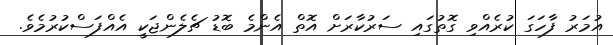
އުމަރު ފާހަގަ ކުރެއްވި ގޮތުގައި ސަރުކާރަށް އޮތް އެންމެ ބޮޑު ޗެލެންޖަކީ އެއްފަސްކުރުމެވެ.